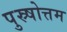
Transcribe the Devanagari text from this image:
पुस्र्षोत्तम